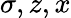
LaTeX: \sigma,z,x